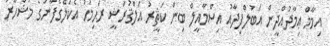
އިމާމް ޢިމާދުއްދީން އަބުލްފިދާއު އިސްމާއީލް ބިން ކަޘީރު އަލްޤުރަޝީ ރަޙިމަހު އެކަލޭގެފާނުގެ މަޝްހޫރު